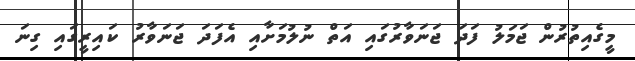
މީގެއިތުރުން ޖަމަލު ފަދަ ޖަނަވާރުގައި އަތް ނުލުމަށާއި އެފަދަ ޖަނަވާރު ކައިރީގައި ގިނަ